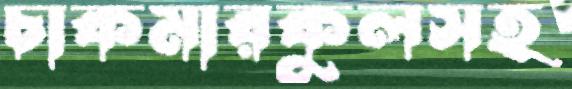
চাকমারকুলসহ